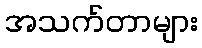
အသက်တာများ